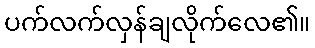
ပက်လက်လှန်ချလိုက်လေ၏။